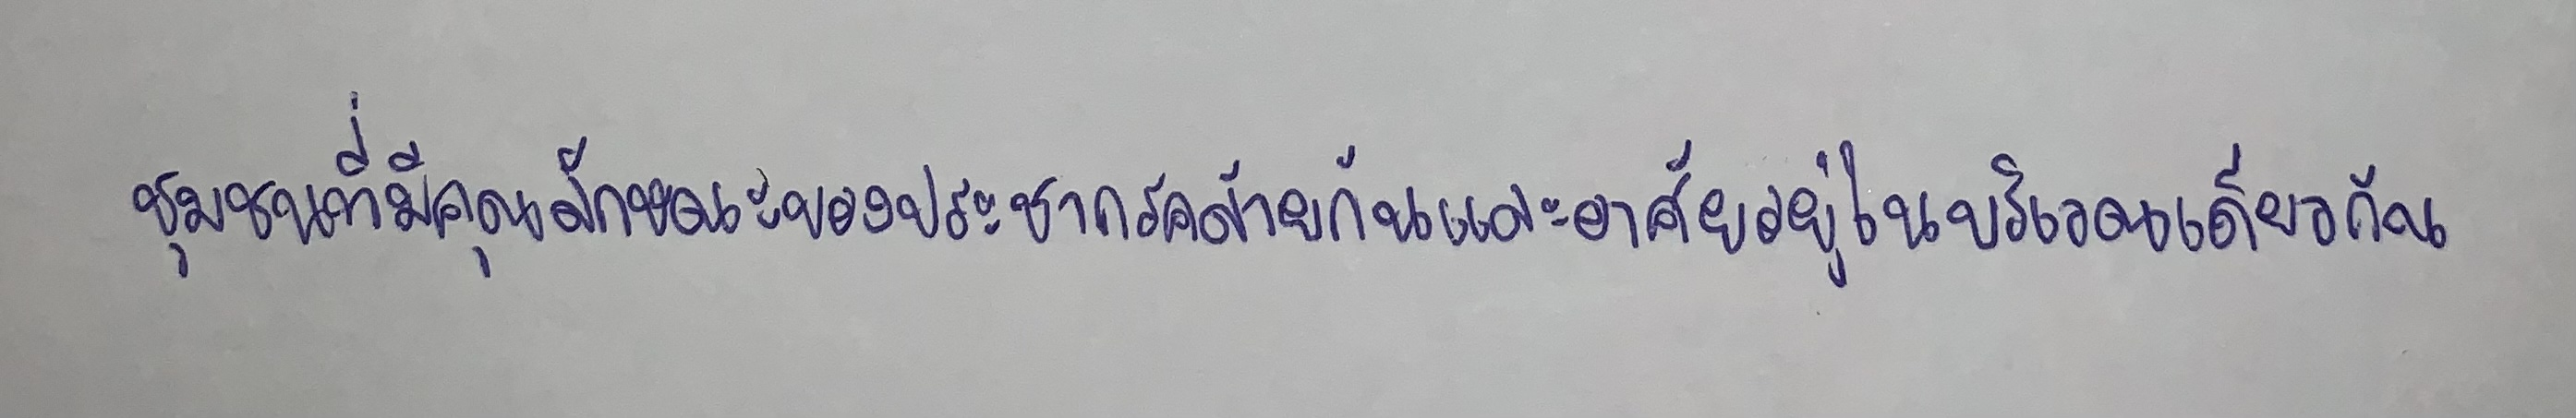
ชุมชนที่มีคุณลักษณะของประชากรคล้ายกันและอาศัยอยู่ในบริเวณเดียวกัน